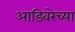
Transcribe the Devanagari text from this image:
आडिवरेच्या